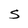
Character: S